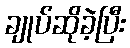
ချုပ်ဆိုခဲ့ပြီး